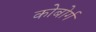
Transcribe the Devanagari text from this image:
कोबोर्ग